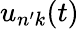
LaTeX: u_{n^{\prime}k}(t)